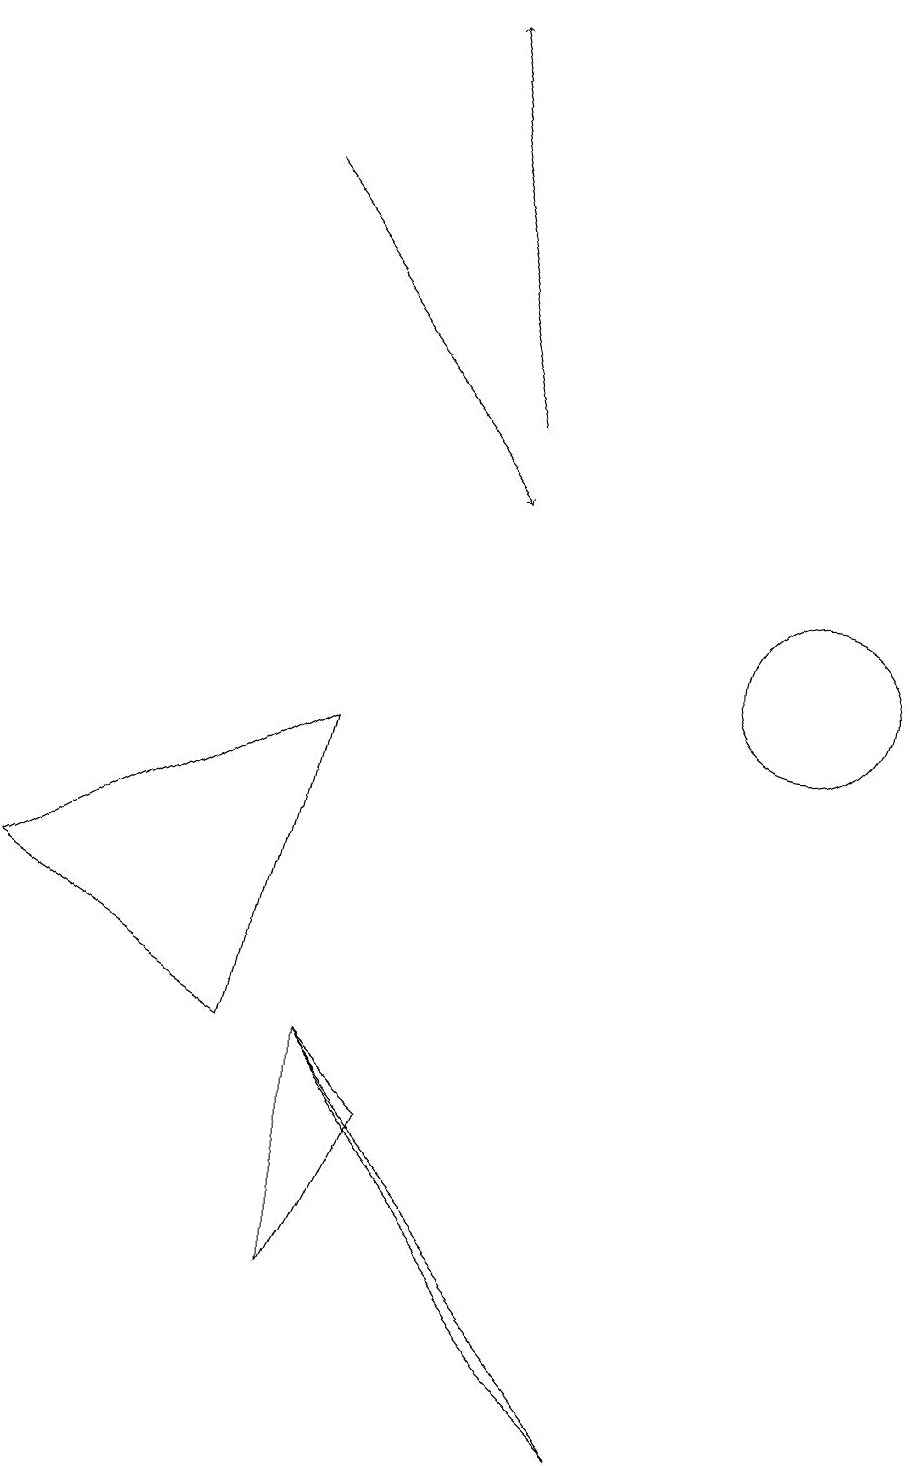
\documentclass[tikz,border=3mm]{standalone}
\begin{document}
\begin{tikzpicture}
\draw[->] (7,13) -- (6,18);
\draw (8,1) -- (5,5) -- (9,0) -- cycle;
\draw (6,4) -- (5,5) -- (5,2) -- cycle;
\draw (11,10) circle (1);
\draw (1,7) -- (5,9) -- (4,5) -- cycle;
\draw[->] (4,16) -- (7,12);
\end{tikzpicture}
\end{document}